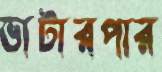
ভাটারপার